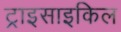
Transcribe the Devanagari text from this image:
ट्राइसाइकिल